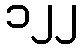
၁၂၂